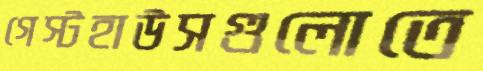
গেস্টহাউসগুলোতে